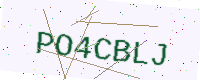
Text: PO4CBLJ